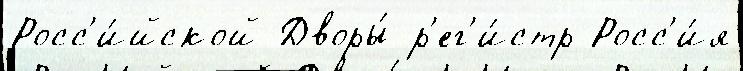
Росс'и́йской Дворы́ р'ег'и́стр Росс'и́я